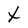
Character: t